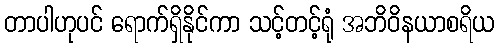
တာပါဟုပင် ရောက်ရှိနိုင်ကာ သင့်တင့်ရုံ အဘိဝိနယာစရိယ